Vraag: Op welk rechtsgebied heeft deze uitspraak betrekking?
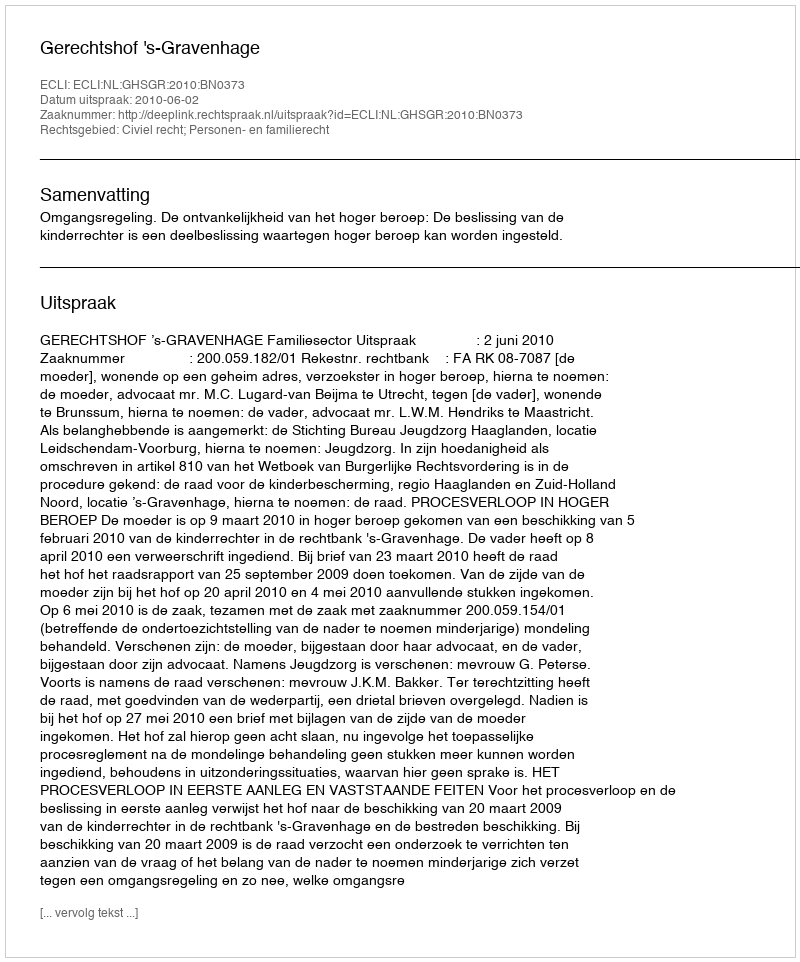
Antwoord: Civiel recht; Personen- en familierecht